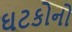
ઘટકોનો